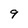
Character: 9